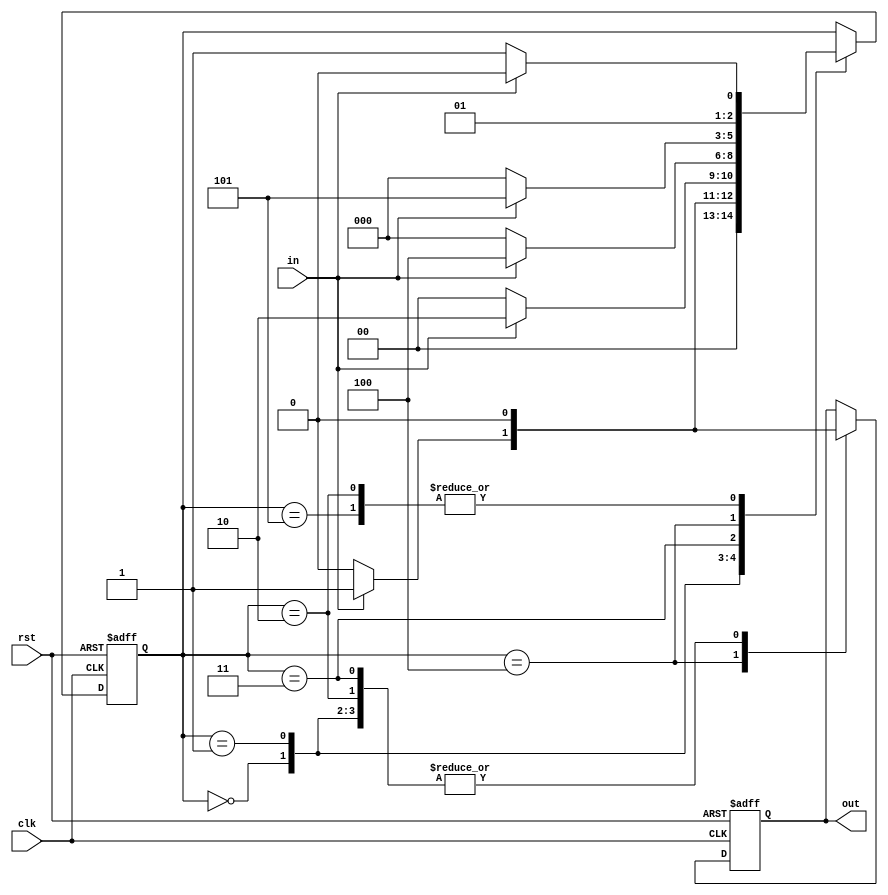
`timescale 1ns / 1ps

module Moore_11011_OL_1_always_Case(out, in, clk, rst);
output out;
input in, clk, rst;
reg out;

reg [2:0] state;

parameter S0 = 3'b000;
parameter S1 = 3'b001;
parameter S2 = 3'b010;
parameter S3 = 3'b011;
parameter S4 = 3'b100;
parameter S5 = 3'b101;

always@(posedge clk or posedge rst)

begin

if(rst)
begin
 out <= 1'b0;
 state <= S0;
end

else 
 begin
 case(state)
     S0: begin
			 if(in)                       // 1
			  begin
			   state <= S1;
				out <= 1'b0;
			  end
			 else
			  begin
			   state <= S0;
				out <= 1'b0;
			  end
			end
		
     S1: begin
			 if(in)                       // 1 
			  begin
			   state <= S2;
				out <= 1'b0;
			  end
			 else
			  begin
			   state <= S0;
				out <= 1'b0;
			  end
			end
			
     S2: begin
			 if(~in)                      // 0
			  begin
			   state <= S3;
				out <= 1'b0;
			  end
			 else
			  begin
			   state <= S2;
				out <= 1'b0;
			  end
			end
			
     S3: begin
			 if(in)                       // 1			  
			 begin
			   state <= S4;
				out <= 1'b0;
			  end 
			 else
			  begin
			   state <= S0;
				out <= 1'b0;
			  end
			end
			
     S4: begin
			 if(in)                       // 1 
			  begin
			   state <= S5;
				out <= 1'b1;
			  end
			 else
			  begin
			   state <= S0;
				out <= 1'b0;
			  end
			end
			
     S5: begin
			 if(in)                     
			  begin
			   state <= S2;
				out <= 1'b0;
			  end
			 else
			  begin
			   state <= S3;
				out <= 1'b0;
			  end
			end
 endcase
 end
end
endmodule